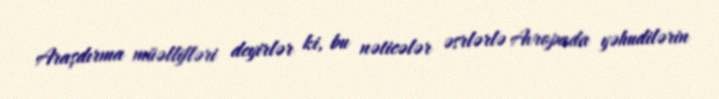
Araşdırma müəllifləri deyirlər ki, bu nəticələr əsrlərlə Avropada yəhudilərin